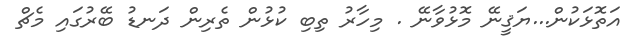
އަތޮޅަކުން...ޔަޤީނޭ މޮޅުވާނޭ . މިހާރު ތިބި ކުޅުން ތެރިން ދަނޑު ބޭރުގައި މެޗް